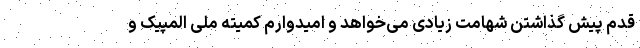
قدم پیش گذاشتن شهامت زیادی می‌خواهد و امیدوارم کمیته ملی المپیک و